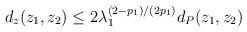
LaTeX: \begin{align*}d_z(z_1,z_2)\leq 2\lambda_1^{(2-p_1)/(2p_1)}d_P(z_1,z_2)\end{align*}